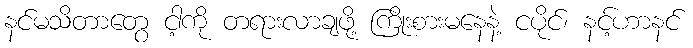
နင်မသိတာတွေ ငါ့ကို တရားလာချဖို့ ကြိုးစားမနေနဲ့ ငပိုင်၊ နင့်ဟာနင်